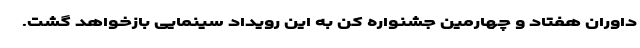
داوران هفتاد و چهارمین جشنواره کن به این رویداد سینمایی بازخواهد گشت.